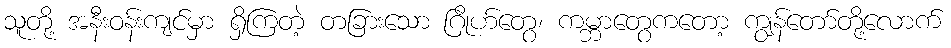
သူတို့ အနီးဝန်းကျင်မှာ ရှိကြတဲ့ တခြားသော ဂြိုဟ်တွေ၊ ကမ္ဘာတွေကတော့ ကျွန်တော်တို့လောက်